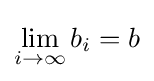
\lim _{i\to \infty }b_{i}=b